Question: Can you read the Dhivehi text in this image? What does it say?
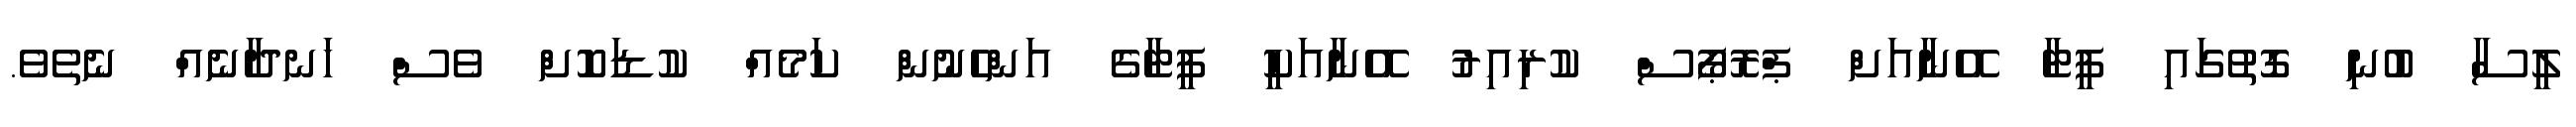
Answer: ލީސާ ބުނި ގޮތުގައި ޕީޓާ އޭނާއަށް ޕްރޮޕޯސް ކުރިއިރު އޭނާއަކީ ޕީޓާގެ އަންހެނުން ކަމެއް ކުޑަކޮށް ވެސް ހަނދާނެއް ނެތެވެ.